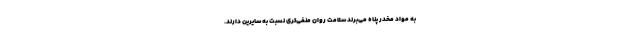
به مواد مخدر پناه می‌برند سلامت روان منفی‌تری نسبت به سایرین دارند.